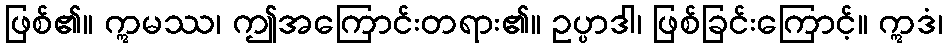
ဖြစ်၏။ ဣမဿ၊ ဤအကြောင်းတရား၏။ ဥပ္ပာဒါ၊ ဖြစ်ခြင်းကြောင့်။ ဣဒံ၊